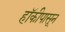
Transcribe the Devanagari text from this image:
हॉकीपासून